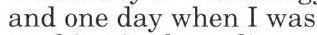
 and one day when I was